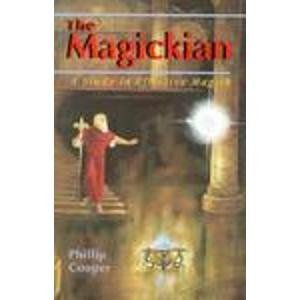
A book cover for The Magickian: A Study in Effective Magick; Phillip Cooper; Humor & Entertainment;